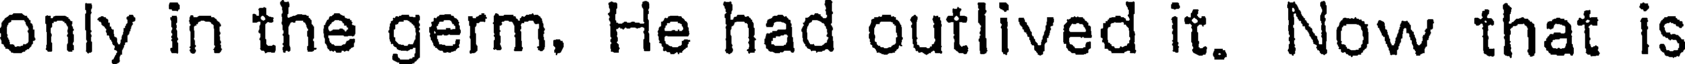
only in the germ. He had outlived it. Now that is